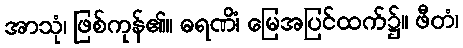
အာသုံ၊ ဖြစ်ကုန်၏။ ဓရဏိံ၊ မြေအပြင်ထက်၌။ ဖီတံ၊